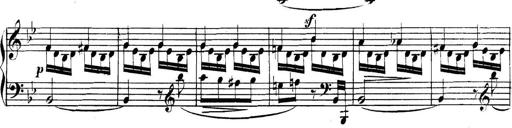
Title: Collected Piano Sonatas
Composer: Muzio Clementi